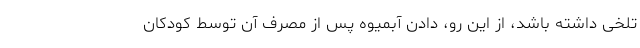
تلخی داشته باشد، از این رو، دادن آبمیوه پس از مصرف آن توسط کودکان